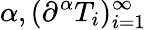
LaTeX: \alpha,(\partial^{\alpha}T_{i})_{i=1}^{\infty}